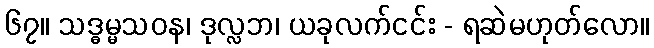
၆၇။ သဒ္ဓမ္မသဝန၊ ဒုလ္လဘ၊ ယခုလက်ငင်း - ရဆဲမဟုတ်လော။